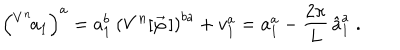
\left( ^ { V ^ { n } } { \! a } _ { 1 } \right) ^ { a } = a _ { 1 } ^ { b } \: \left( V ^ { n } [ \vec { \varphi } \, ] \right) ^ { b a } + v _ { 1 } ^ { a } = a _ { 1 } ^ { a } - \frac { 2 \pi } { L } \, \hat { a } _ { 1 } ^ { a } \; .